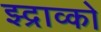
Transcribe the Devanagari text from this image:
झ्द्राव्को